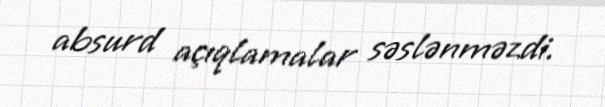
absurd açıqlamalar səslənməzdi.